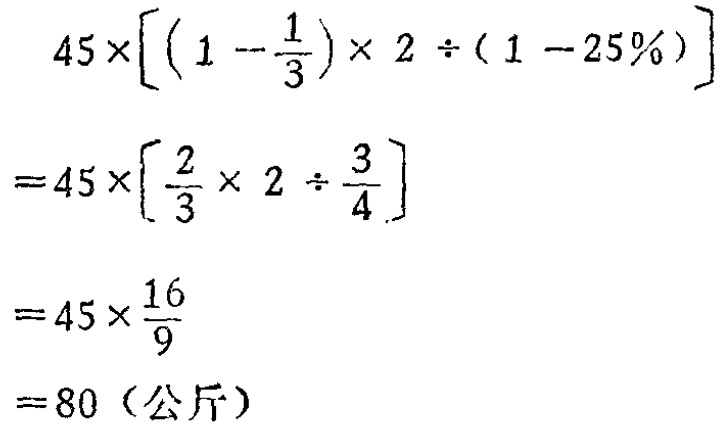
\[

\begin{align*}

&45\times\left[\left(1 - \frac{1}{3}\right)\times 2\div(1 - 25\%)\right]\\

=&45\times\left[\frac{2}{3}\times 2\div\frac{3}{4}\right]\\

=&45\times\frac{16}{9}\\

=&80 \text{（公斤）}

\end{align*}

\]